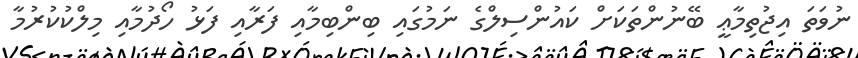
ނުވަތަ އިޖުތިމާޢީ ބޭނުންތަކަށް ކައުންސިލްގެ ނަމުގައި ބިންބިމާއި ފަރާއި ފަޅު ހޯދުމާއި މިލްކުކުރުމާ